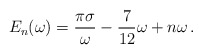
\begin{align*}E_n(\omega) = \frac{\pi\sigma}{\omega} - \frac{7}{12} \omega + n \omega \,.\end{align*}